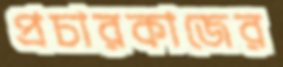
প্রচারকাজের